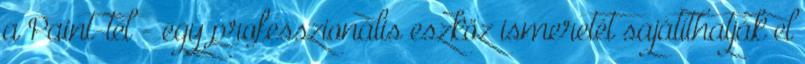
a Paint-tel - egy professzionális eszköz ismeretét sajátíthatják el